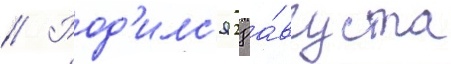
// Род'илс'я 28 а́вгуста